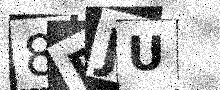
Text: 8RJU